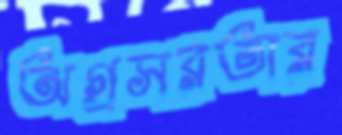
অগ্রসরতার